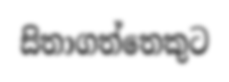
සිතාගත්තෙකුට